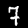
Digit: 7